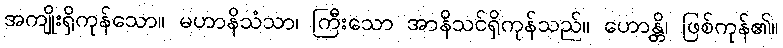
အကျိုးရှိကုန်သော။ မဟာနိသံသာ၊ ကြီးသော အာနိသင်ရှိကုန်သည်။ ဟောန္တိ၊ ဖြစ်ကုန်၏။